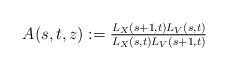
LaTeX: \begin{align*}A(s,t,z):=\tfrac{L_X(s+1,t)L_V(s,t)}{L_X(s,t)L_V(s+1,t)}\end{align*}